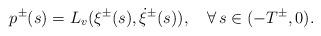
LaTeX: \begin{align*}p^\pm(s)=L_v(\xi^\pm(s),\dot\xi^\pm(s)),\quad\forall\,s\in(-T^\pm,0).\end{align*}